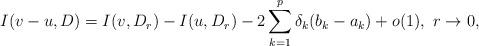
LaTeX: \begin{align*}I(v-u,D)=I(v,D_{r})-I(u,D_{r})-2\sum\limits _{k=1}^{p}\delta_{k}(b_{k}-a_{k})+o(1),\ r\rightarrow0,\end{align*}